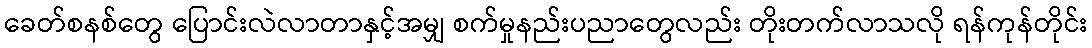
ခေတ်စနစ်တွေ ပြောင်းလဲလာတာနှင့်အမျှ စက်မှုနည်းပညာတွေလည်း တိုးတက်လာသလို ရန်ကုန်တိုင်း